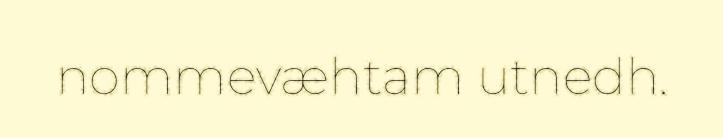
nommevæhtam utnedh.